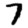
Digit: 7